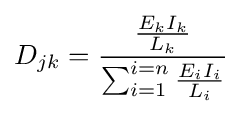
D_{jk}={\frac {\frac {E_{k}I_{k}}{L_{k}}}{\sum _{i=1}^{i=n}{\frac {E_{i}I_{i}}{L_{i}}}}}